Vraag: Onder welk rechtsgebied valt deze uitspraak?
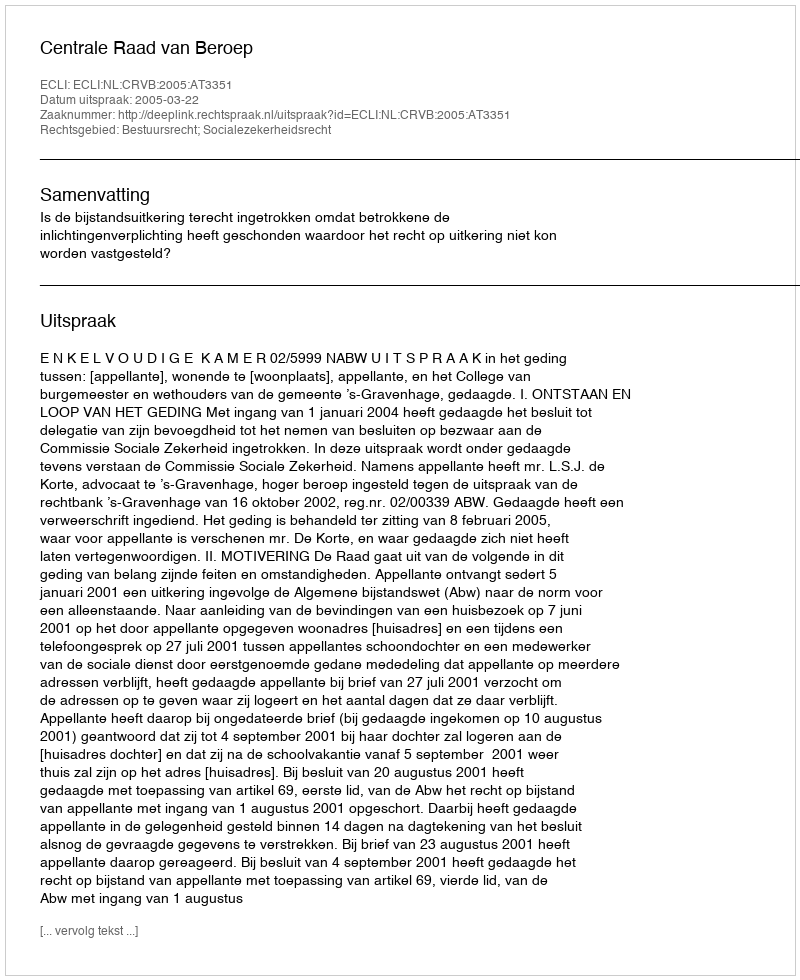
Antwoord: Bestuursrecht; Socialezekerheidsrecht